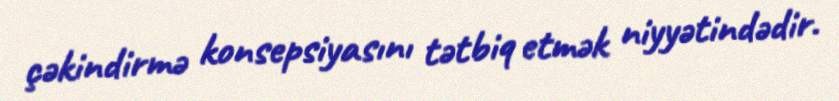
çəkindirmə konsepsiyasını tətbiq etmək niyyətindədir.